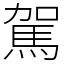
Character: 駕